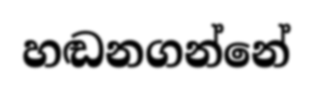
හඬනගන්නේ